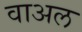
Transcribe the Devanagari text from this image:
वाअल